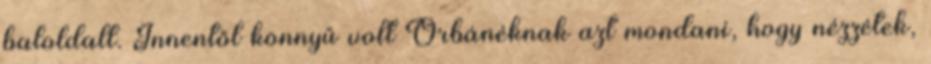
baloldalt. Innentől könnyű volt Orbánéknak azt mondani, hogy nézzétek,